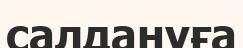
салдануға